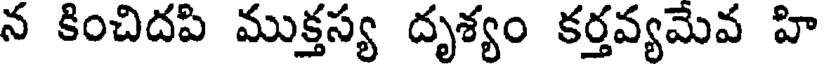
న కించిదపి ముక్తస్య దృశ్యం కర్తవ్యమేవ హి